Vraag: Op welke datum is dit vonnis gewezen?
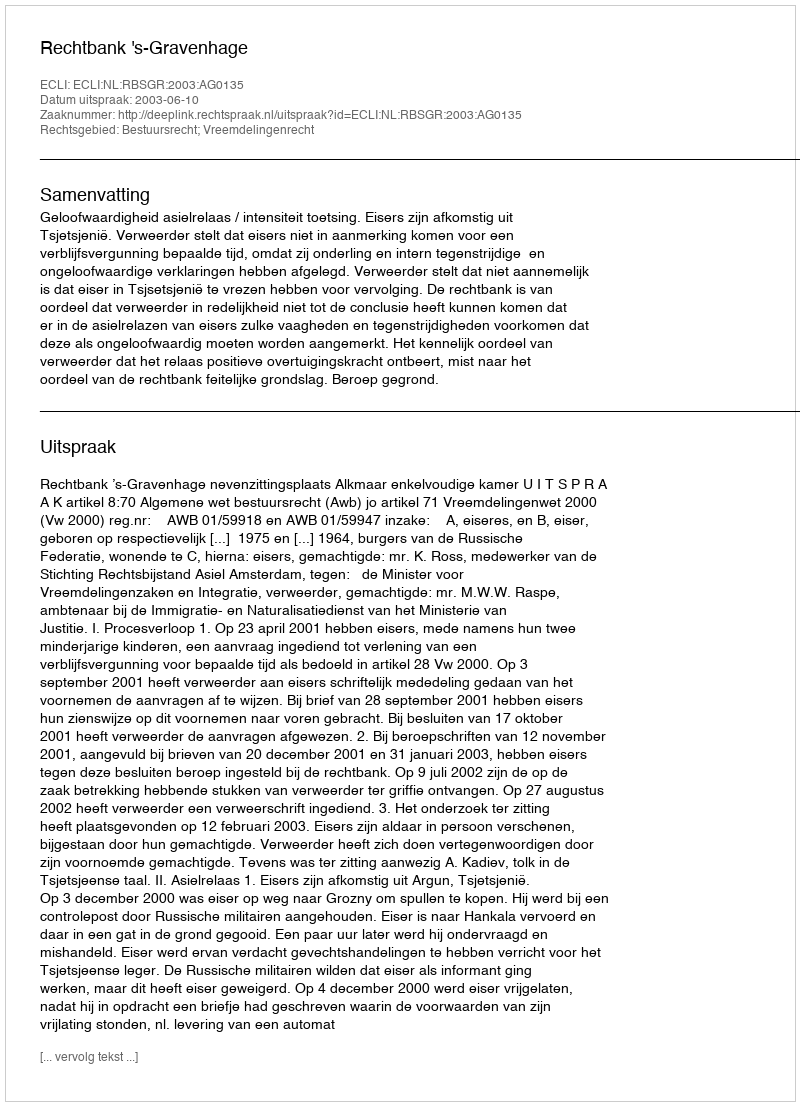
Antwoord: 2003-06-10